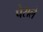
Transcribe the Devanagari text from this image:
पेसले